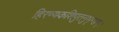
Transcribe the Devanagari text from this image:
हिरण्यकशिपुतनुभृग्ङंम्।